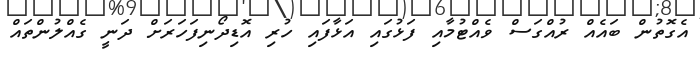
އެގޮތުން ބައެއް ރުއްގަސް ވެއްޓުމާއި ފަޅުގައި އަޅާފައި ހުރި އޮޑިދޯނިފަހަރަށް ދަނީ ގެއްލުންތައް